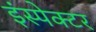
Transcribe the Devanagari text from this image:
इंस्‍पेक्‍टर